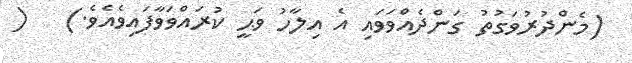
(މެންދުރުވަގުތު ގަންދެއްވަވައި އެ އިލާހު ވަޙީ ކުރައްވަވާފައިވެއެވެ.)   (